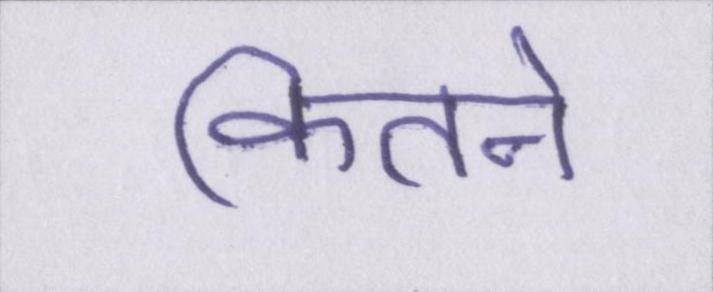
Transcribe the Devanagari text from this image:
कितने